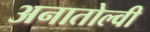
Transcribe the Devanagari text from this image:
अनातोल्वी